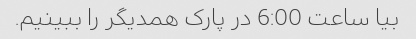
بیا ساعت 6:00 در پارک همدیگر را ببینیم.